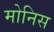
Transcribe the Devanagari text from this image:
मोनिस